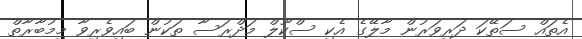
އެތައް ސަތޭކަ ދަރިވަރުން މާލޭގެ އެކި ސްކޫލް މަދްރަސާ ތަކުން ބައިވެރިވާ މިމުބާރާތް